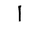
Letter: _alif